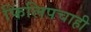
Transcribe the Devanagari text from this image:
फिलिपचाही